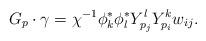
LaTeX: \begin{align*}G_p\cdot \gamma = \chi^{-1}\phi^*_k\phi^*_lY^l_{p_j}Y^k_{p_i}w_{ij}.\end{align*}